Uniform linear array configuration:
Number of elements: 8
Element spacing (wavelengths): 0.25
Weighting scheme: kaiser
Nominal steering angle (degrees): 0
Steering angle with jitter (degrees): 1.046
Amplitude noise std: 0.05
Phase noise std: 0.05

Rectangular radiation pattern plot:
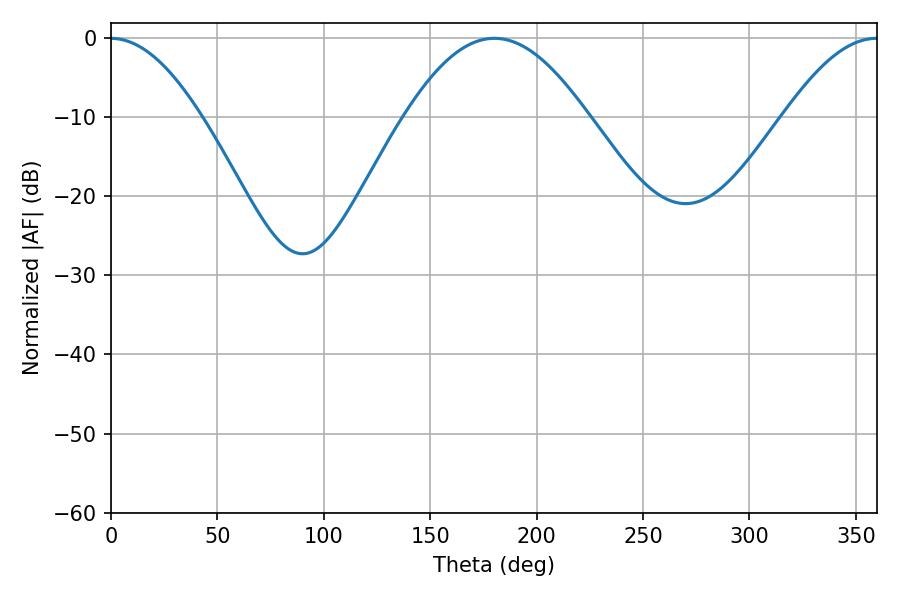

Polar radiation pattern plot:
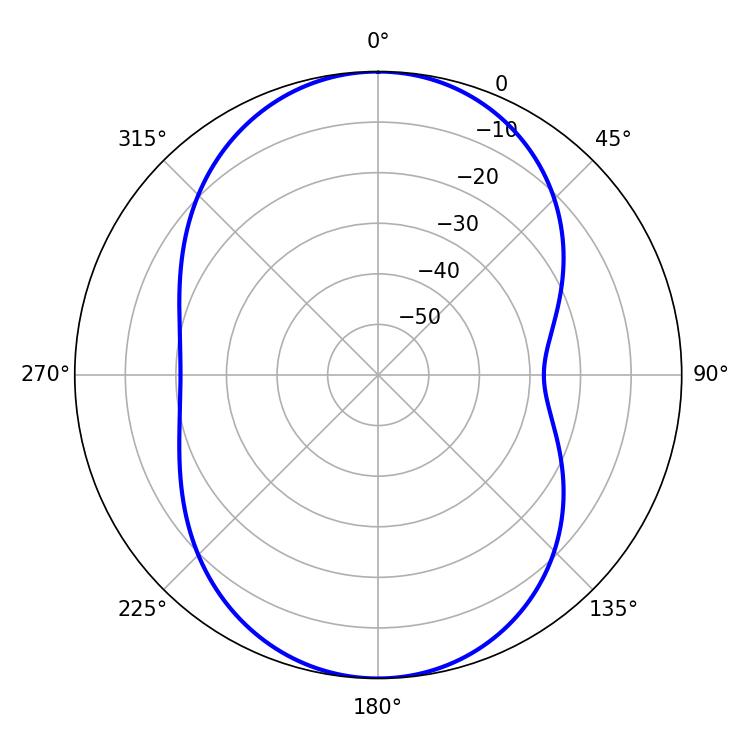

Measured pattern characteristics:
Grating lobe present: FALSE
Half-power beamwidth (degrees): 46.62
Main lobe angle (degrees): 180.18